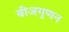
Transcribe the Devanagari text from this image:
बीजगुणन